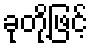
ခုတို့ဖြင့်